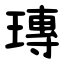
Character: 瑼